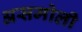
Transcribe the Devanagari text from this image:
असमोली